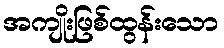
အကျိုးဖြစ်ထွန်းသော